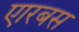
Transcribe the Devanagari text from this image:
एारबस